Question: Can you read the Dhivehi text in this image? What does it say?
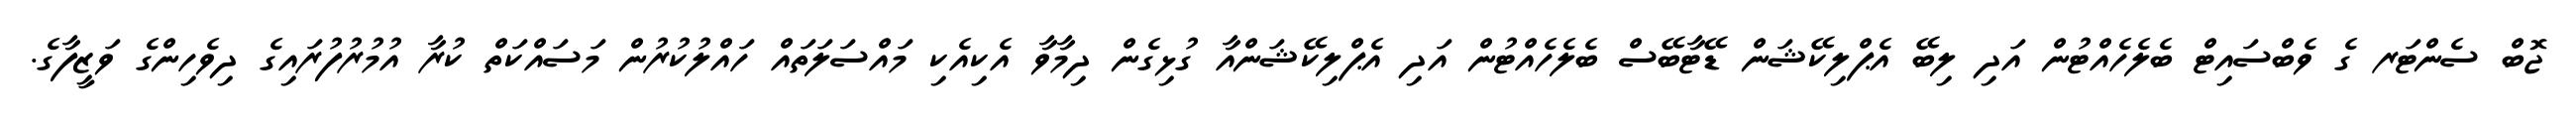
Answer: ޖޮބް ސެންޓަރ ގެ ވެބްސައިޓް ބެލެހެއްޓުން އަދި ލިބޭ އެޕްލިކޭޝަން ޑޭޓާބޭސް ބެލެހެއްޓުން އަދި އެޕްލިކޭޝަންއާ ގުޅިގެން ދިމާވާ އެކިއެކި މައްސަލަތައް ހައްލުކުރުން މަސައްކަތް ކުރާ އުމުރުފުރައިގެ ދިވެހިންގެ ވަޒީފާގެ.